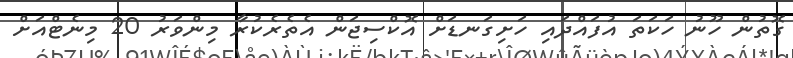
ގޮތުން ހޫނު ހަކަތަ އުފައްދައި ހަށިގަނޑަށް އޮކްސިޖަން އެތެރެކުރާ މިންވަރު 20 މިނެޓްއަށް